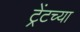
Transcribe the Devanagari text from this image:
ट्रेंटच्या